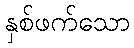
နှစ်ဖက်သော